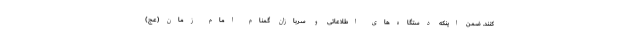
کنند. ضمن اینکه دستگاه‌های اطلاعاتی و سربازان گمنام امام زمان(عج)